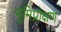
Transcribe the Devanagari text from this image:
भूमिप्रोक्षण